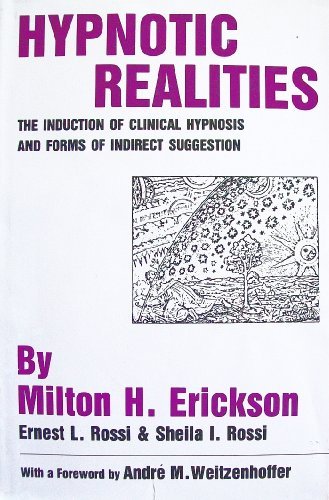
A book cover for Hypnotic Realities: The Induction of Clinical Hypnosis and Forms of Indirect Suggestion; Milton H. Erickson; Self-Help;